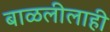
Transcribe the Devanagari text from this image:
बाळलीलाही